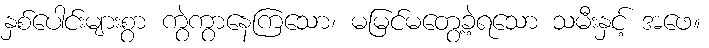
နှစ်ပေါင်းများစွာ ကွဲကွာနေကြသော၊ မမြင်မတွေ့ခဲ့ရသော သမီးနှင့် အဖေ။